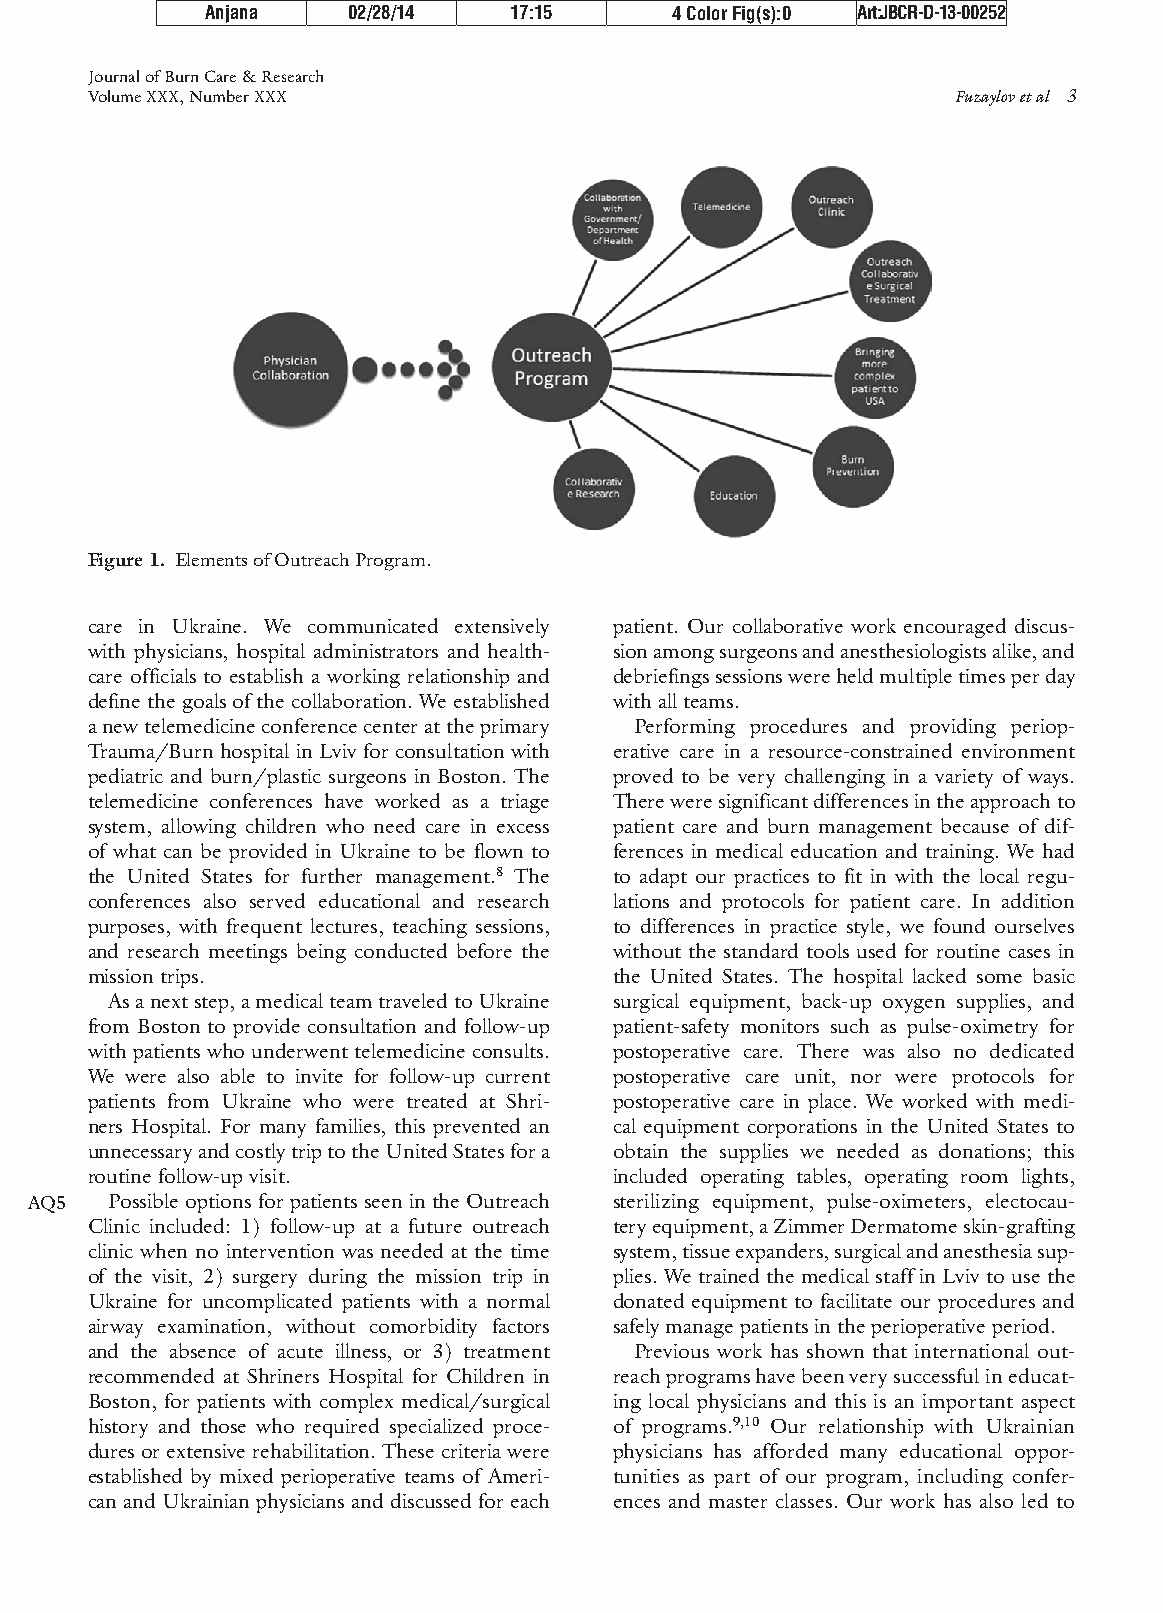
Anjana   02/28/14   17:15     4 Color Fig(s):0 Art: JBCR-D-13-00252
 Journal of Burn Care & Research
 Volume XXX, Number XXX                                   Fuzaylov et al 3
 Figure 1. Elements of Outreach Program.
 care in Ukraine. We communicated extensively patient. Our collaborative work encouraged discus-
 with physicians, hospital administrators and health- sion among surgeons and anesthesiologists alike, and
 care officials to establish a working relationship and debriefings sessions were held multiple times per day
 define the goals of the collaboration. We established with all teams.
 a new telemedicine conference center at the primary Performing procedures and providing periop-
 Trauma/Burn hospital in Lviv for consultation with erative care in a resource-constrained environment
 pediatric and burn/plastic surgeons in Boston. The proved to be very challenging in a variety of ways.
 telemedicine conferences have worked as a triage There were significant differences in the approach to
 system, allowing children who need care in excess patient care and burn management because of dif-
 of what can be provided in Ukraine to be flown to ferences in medical education and training. We had
 the United States for further management.8 The to adapt our practices to fit in with the local regu-
 conferences also served educational and research lations and protocols for patient care. In addition
 purposes, with frequent lectures, teaching sessions, to differences in practice style, we found ourselves
 and research meetings being conducted before the without the standard tools used for routine cases in
 mission trips.                     the United States. The hospital lacked some basic
 As a next step, a medical team traveled to Ukraine surgical equipment, back-up oxygen supplies, and
 from Boston to provide consultation and follow-up patient-safety monitors such as pulse-oximetry for
 with patients who underwent telemedicine consults. postoperative care. There was also no dedicated
 We were also able to invite for follow-up current postoperative care unit, nor were protocols for
 patients from Ukraine who were treated at Shri- postoperative care in place. We worked with medi-
 ners Hospital. For many families, this prevented an cal equipment corporations in the United States to
 unnecessary and costly trip to the United States for a obtain the supplies we needed as donations; this
 routine follow-up visit.           included operating tables, operating room lights,
 AQ5  Possible options for patients seen in the Outreach sterilizing equipment, pulse-oximeters, electocau-
 Clinic included: 1) follow-up at a future outreach tery equipment, a Zimmer Dermatome skin-grafting
 clinic when no intervention was needed at the time system, tissue expanders, surgical and anesthesia sup-
 of the visit, 2) surgery during the mission trip in plies. We trained the medical staff in Lviv to use the
 Ukraine for uncomplicated patients with a normal donated equipment to facilitate our procedures and
 airway examination, without comorbidity factors safely manage patients in the perioperative period.
 and the absence of acute illness, or 3) treatment Previous work has shown that international out-
 recommended at Shriners Hospital for Children in reach programs have been very successful in educat-
 Boston, for patients with complex medical/surgical ing local physicians and this is an important aspect
 history and those who required specialized proce- of programs.9,10 Our relationship with Ukrainian
 dures or extensive rehabilitation. These criteria were physicians has afforded many educational oppor-
 established by mixed perioperative teams of Ameri- tunities as part of our program, including confer-
 can and Ukrainian physicians and discussed for each ences and master classes. Our work has also led to